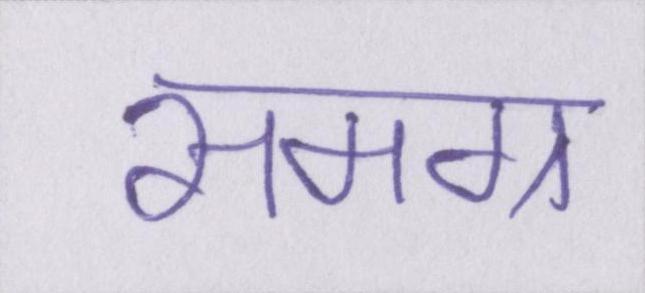
समग्र